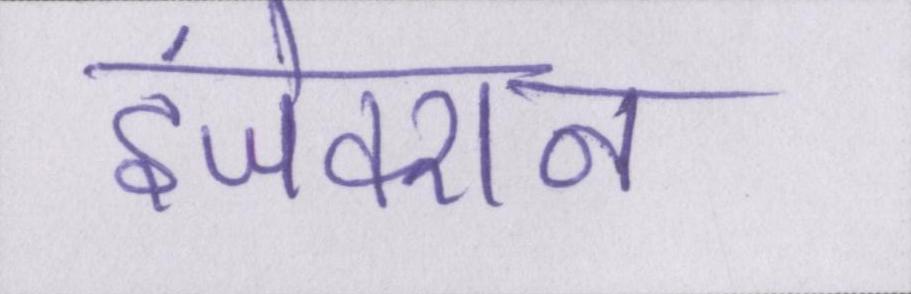
इंजेक्शन